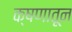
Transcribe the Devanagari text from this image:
क्षणातून